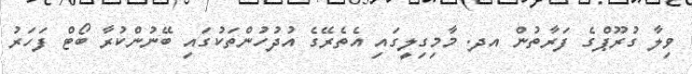
ވިލާ ގުރޫޕްގެ ފަރާތުން އދ. މާމިގިލީގައި އެތެރޭގެ އުދުހުންތަކުގައި ބޭނުންކުރާ ބޯޓް ފަހަރު